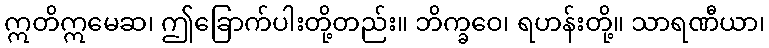
ဣတိဣမေဆ၊ ဤခြောက်ပါးတို့တည်း။ ဘိက္ခဝေ၊ ရဟန်းတို့။ သာရဏီယာ၊